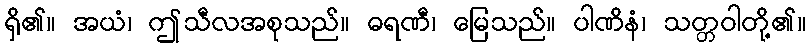
ရှိ၏။ အယံ၊ ဤသီလအစုသည်။ ဓရဏီ၊ မြေသည်။ ပါဏိနံ၊ သတ္တဝါတို့၏။